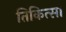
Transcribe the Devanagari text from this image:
तिकित्सा